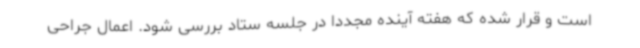
است و قرار شده که هفته آینده مجددا در جلسه ستاد بررسی شود. اعمال جراحی